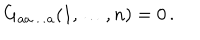
G _ { a a \dots a } ( 1 , \dots , n ) = 0 \, .